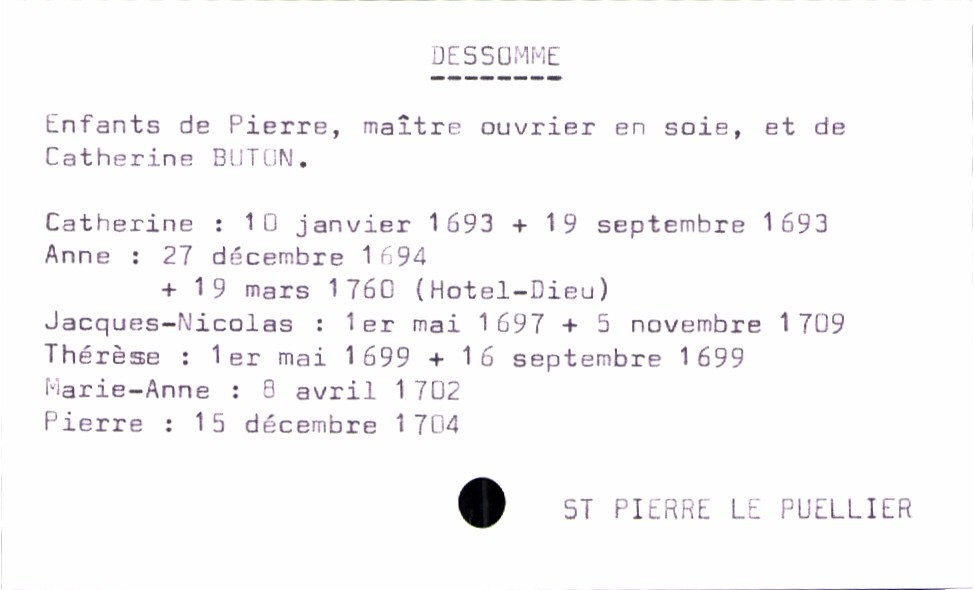
type_acte: Baptême
filiation: fils
enfant_prénom: Pierre
enfant_date_de_naissance: 15 décembre 1704
enfant_lieu_de_naissance: Saint Pierre le Puellier
enfant_date_de_décès: 16 septembre 1699
enfant_lieu_de_décès: Saint Pierre le Puellier
père_enfant_nom: Dessomme
père_enfant_prénom: Pierre
père_enfant_profession: maître ouvrier en soie
mère_enfant_nom: Buton
mère_enfant_prénom: Catherine